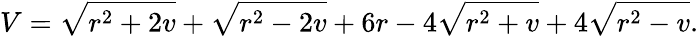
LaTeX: V=\sqrt{r^{2}+2v}+\sqrt{r^{2}-2v}+6r-4\sqrt{r^{2}+v}+4\sqrt{r^{2}-v}.